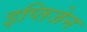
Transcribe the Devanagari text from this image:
इप्तिजेन